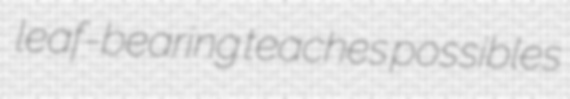
leaf-bearing teaches possibles